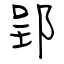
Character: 郢